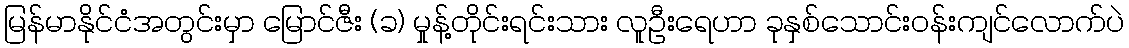
မြန်မာနိုင်ငံအတွင်းမှာ မြောင်ဇီး (ခ) မှုန့်တိုင်းရင်းသား လူဦးရေဟာ ခုနှစ်သောင်းဝန်းကျင်လောက်ပဲ